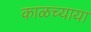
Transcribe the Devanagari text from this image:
काळच्याया